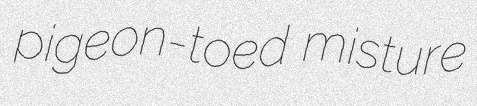
pigeon-toed misture